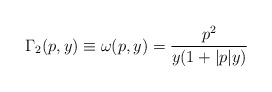
\begin{align*}\Gamma _{2}(p,y)\equiv \omega (p,y)=\frac{p^{2}}{y(1+|p|y)}\end{align*}